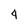
Character: 4